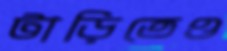
টাড়িতেও